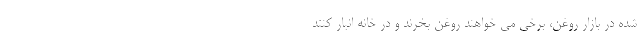
شده در بازار روغن، برخی می خواهند روغن بخرند و در خانه انبار کنند